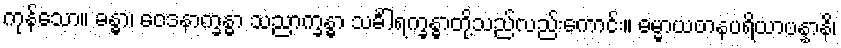
ကုန်သော။ ခန္ဓာ၊ ဝေဒနာက္ခန္ဓာ သညာက္ခန္ဓာ သင်္ခါရက္ခန္ဓာတို့သည်လည်းကောင်း။ ဓမ္မာယတနပရိယာပန္နာနိ၊